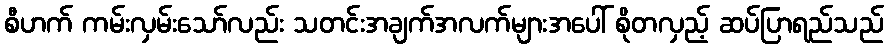
စီဟက် ကမ်းလှမ်းသော်လည်း သတင်းအချက်အလက်များအပေါ် စိုတလှည့် ဆပ်ပြာရည်သည်